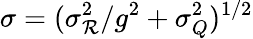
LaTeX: \sigma=(\sigma_{\mathcal{R}}^{2}/g^{2}+\sigma_{Q}^{2})^{1/2}